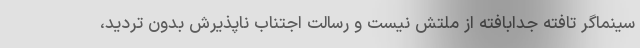
سینماگر تافته جدابافته از ملتش نیست و رسالت اجتناب ناپذیرش بدون تردید،